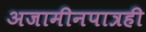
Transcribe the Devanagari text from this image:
अजामीनपात्रही